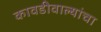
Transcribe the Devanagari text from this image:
कावडीवाल्यांचा